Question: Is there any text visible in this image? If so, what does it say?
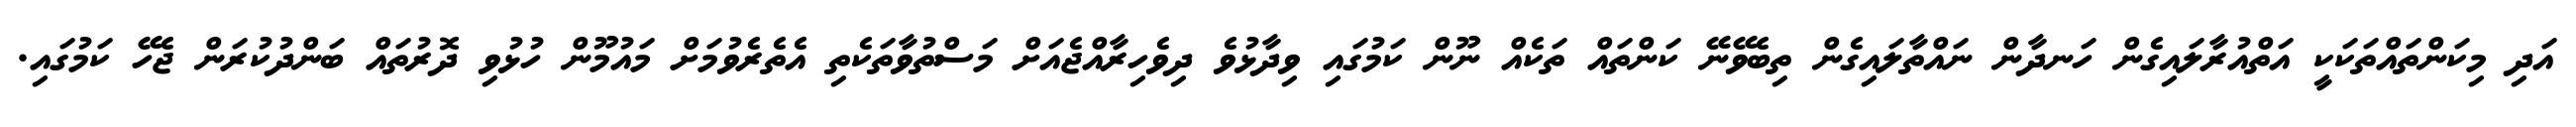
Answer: އަދި މިކަންތައްތަކަކީ އަތްއުރާލައިގެން ހަނދާން ނައްތާލައިގެން ތިބެވޭނޭ ކަންތައް ތަކެއް ނޫން ކަމުގައި ވިދާޅުވެ ދިވެހިރާއްޖެއަށް މަސްތުވާތަކެތި އެތެރެވުމަށް މައުމޫން ހުޅުވި ދޮރުތައް ބަންދުކުރަން ޖެހޭ ކަމުގައި.